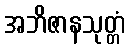
အဘိဇာနသုတ္တံ